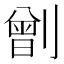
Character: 𠟂